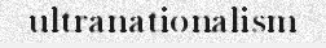
ultranationalism